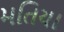
મતિયા